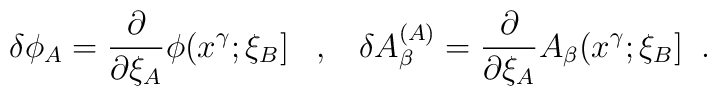
\delta\phi_{A}=\frac{\partial}{\partial\xi_{A}}\phi(x^{\gamma};\xi_{B}]                            \;\;\;,\;\;\; \delta A_{\beta}^{(A)}=\frac{\partial}{\partial\xi_{A}}                                      A_{\beta}(x^{\gamma};\xi_{B}] \;\;.